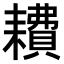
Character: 𫅿